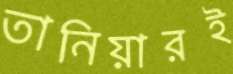
তানিয়ারই